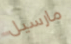
مارسيل